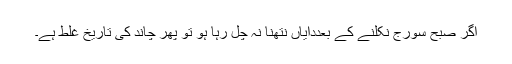
اگر صبح سورج نکلنے کے بعددایاں نتھنا نہ چل رہا ہو تو پھر چاند کی تاریخ غلط ہے۔